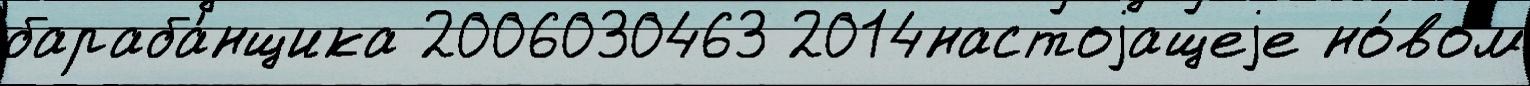
бараба́нщика 2006030463 2014настоjащеjе но́вом